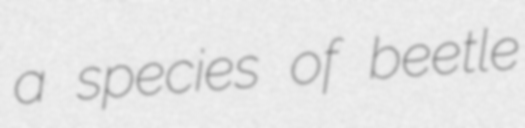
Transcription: a species of beetle